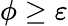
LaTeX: \phi\geq\varepsilon